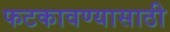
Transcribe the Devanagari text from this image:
फटकावण्यासाठी